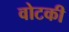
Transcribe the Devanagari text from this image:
वोटकी